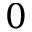
0